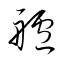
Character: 艫